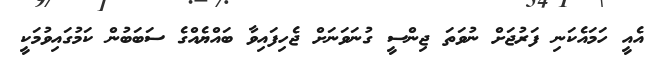
އެއީ ހަމައެކަނި ފަރުޖަށް ނުވަތަ ޖިންސީ ގުނަވަނަށް ޖެހިފައިވާ ބައްޔެއްގެ ސަބަބުން ކަމުގައިވުމަކީ